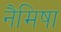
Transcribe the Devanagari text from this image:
नैमिषा